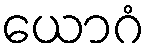
ယောဂံ